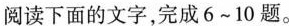
阅读下面的文字,完成6~10题。